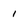
Character: 1